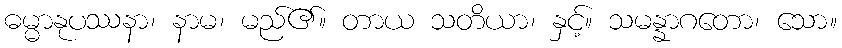
ဓမ္မာနုပဿနာ၊ နာမ၊ မည်၏။ တာယ သတိယာ၊ နှင့်။ သမန္နာဂတော၊ သော။